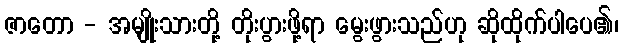
ဇာတော - အမျိုးသားတို့ တိုးပွားဖို့ရာ မွေးဖွားသည်ဟု ဆိုထိုက်ပါပေ၏၊